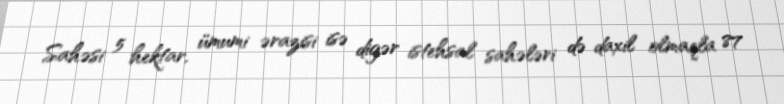
Sahəsi 5 hektar, ümumi ərazisi isə digər istehsal sahələri də daxil olmaqla 87